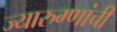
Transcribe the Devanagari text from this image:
ज्यारुग्णांची